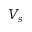
V _ { s }